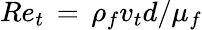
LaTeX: Re_{t}\, =\, \rho_{f}v_{t}d/\mu_{f}